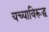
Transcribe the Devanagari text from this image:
यच्याविरूद्ध